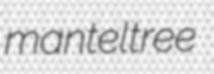
manteltree